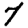
Digit: 7